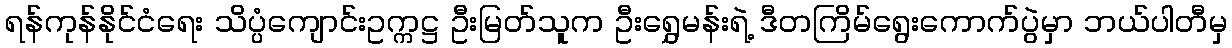
ရန်ကုန်နိုင်ငံရေး သိပ္ပံကျောင်းဥက္ကဋ္ဌ ဦးမြတ်သူက ဦးရွှေမန်းရဲ့ ဒီတကြိမ်ရွေးကောက်ပွဲမှာ ဘယ်ပါတီမှ